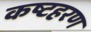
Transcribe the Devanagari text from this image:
कष्टहरण